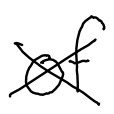
Text: of
Cross-out: cross
Writing tool: digital_black